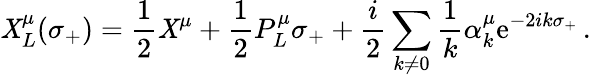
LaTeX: \mathit{X}_{L}^{\mu}(\sigma_{+})=\frac{{1}}{{2}}\mathit{X}^{\mu}+\frac{{1}}{{2}}P_{L}^{\mu}\sigma_{+}+\frac{{i}}{{2}}\sum_{k\neq0}\frac{{1}}{{k}}\alpha_{k}^{\mu}\mathrm{{e}}^{-2ik\sigma_{+}}\, .